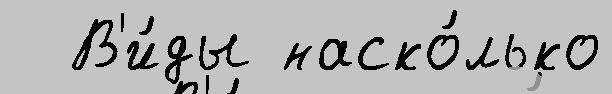
  В'и́ды наско́лько